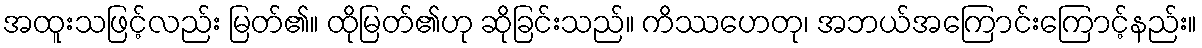
အထူးသဖြင့်လည်း မြတ်၏။ ထိုမြတ်၏ဟု ဆိုခြင်းသည်။ ကိဿဟေတု၊ အဘယ်အကြောင်းကြောင့်နည်း။